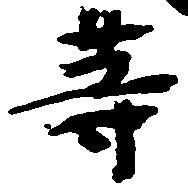
等